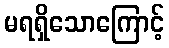
မရရှိသောကြောင့်